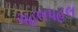
ચહલપહલ